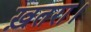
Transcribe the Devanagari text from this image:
ख़तरा।